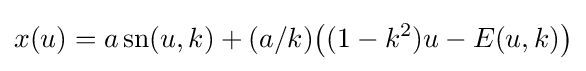
x(u)=a\operatorname {sn} (u,k)+(a/k){\big (}(1-k^{2})u-E(u,k){\big )}